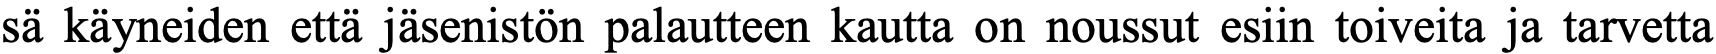
sä käyneiden että jäsenistön palautteen kautta on noussut esiin toiveita ja tarvetta